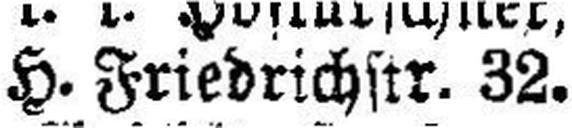
H. Friedrichstr. 32.